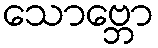
သောဗ္ဘော